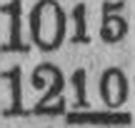
1210